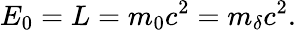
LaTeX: E_{0}=L=m_{0}c^{2}=m_{\delta}c^{2}.